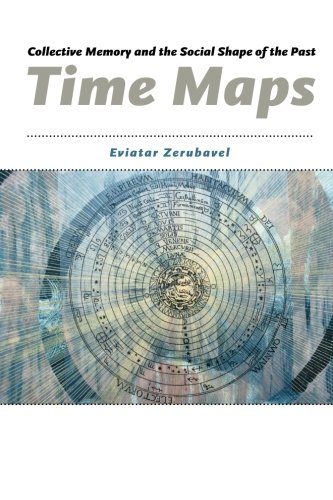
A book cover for Time Maps: Collective Memory and the Social Shape of the Past; Eviatar Zerubavel; History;